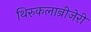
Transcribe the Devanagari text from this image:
थिरुकलान्रीजेरी